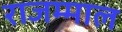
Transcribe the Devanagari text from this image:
राजम्माल